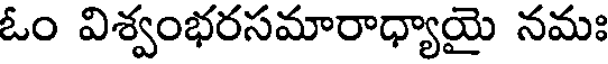
ఓం విశ్వంభరసమారాధ్యాయై నమః